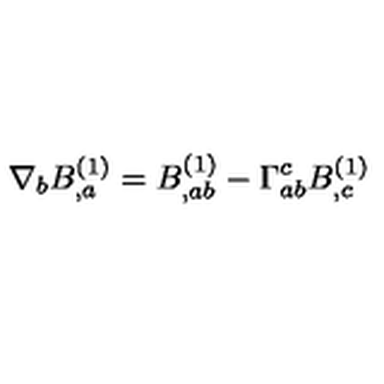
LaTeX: \nabla _ { b } B _ { , a } ^ { ( 1 ) } = B _ { , a b } ^ { ( 1 ) } - \Gamma _ { a b } ^ { c } B _ { , c } ^ { ( 1 ) }